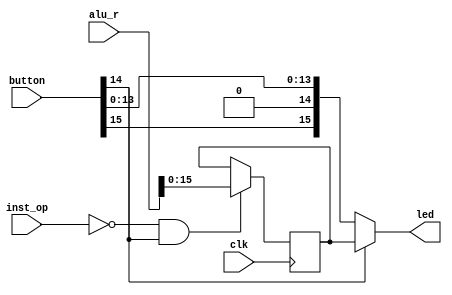
`timescale 1ns / 1ps
//////////////////////////////////////////////////////////////////////////////////
// Company: Xilinx
// 
// Design Name: SHOW_ON_LED
// Module Name: SHOW_ON_LED
// Project Name: MIPS_CPU
// Target Devices: 
// Tool Versions: 
// Description: 
// 
// Dependencies: 
// 
// Revision:
// Revision 0.01 - File Created
// Additional Comments:
// 
//////////////////////////////////////////////////////////////////////////////////


module SHOW_ON_LED(
    input clk,
    input[5:0] inst_op,
	input[31:0] alu_r,
	input[15:0] button,
	output[15:0] led
    );

	wire run;
	reg[15:0] alu_result;

	assign run = button[14];
	assign led = run ? alu_result : button;
	
	always @(posedge clk)
	   alu_result <= (inst_op==6'b0 && run==1'b1) ? alu_r[15:0] : alu_result; 
endmodule